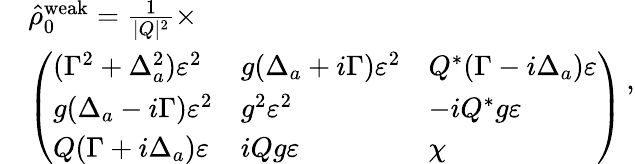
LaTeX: \begin{array}{rl}&{\hat{\rho}_{0}^{\mathrm{weak}}=\frac{1}{|Q|^{2}}\times}\\ &{\left(\begin{array}{lll}{(\Gamma^{2}+\Delta_{a}^{2})\varepsilon^{2}}&{g(\Delta_{a}+i\Gamma)\varepsilon^{2}}&{Q^{*}(\Gamma-i\Delta_{a})\varepsilon}\\ {g(\Delta_{a}-i\Gamma)\varepsilon^{2}}&{g^{2}\varepsilon^{2}}&{-iQ^{*}g\varepsilon}\\ {Q(\Gamma+i\Delta_{a})\varepsilon}&{iQg\varepsilon}&{\chi}\end{array}\right)}\end{array}\, ,